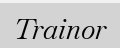
Trainor